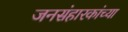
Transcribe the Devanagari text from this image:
जनसंहारकांच्या